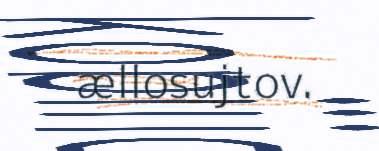
ællosujtov.